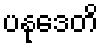
ပနုဒေတိ